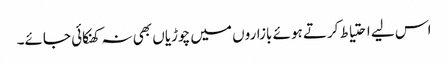
اس لیے احتیاط کرتے ہوئے بازاروں میں چوڑیاں بھی نہ کھنکائی جائے۔